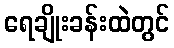
ရေချိုးခန်းထဲတွင်